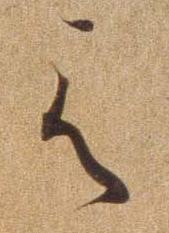
え